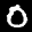
Label: 0